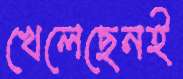
খেলেছেনই